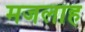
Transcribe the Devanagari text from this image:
मजलाह